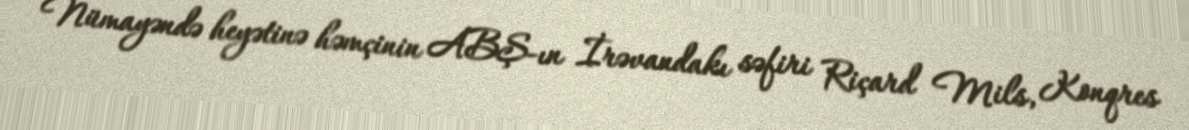
Nümayəndə heyətinə həmçinin ABŞ-ın İrəvandakı səfiri Riçard Mils, Konqres